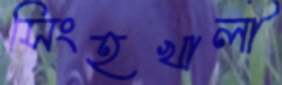
সিংহখালী